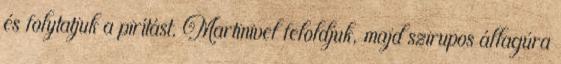
és folytatjuk a pirítást. Martinivel feloldjuk, majd szirupos állagúra